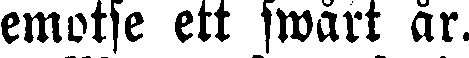
emotse ett swårt år.